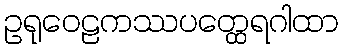
ဥရုဝေဠကဿပတ္ထေရဂါထာ